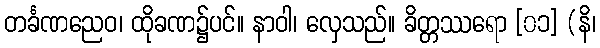
တင်္ခဏညေဝ၊ ထိုခဏ၌ပင်။ နာဝါ၊ လှေသည်။ ခိတ္တဿရော [၀၁] (နိ၊